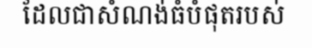
ដែលជាសំណង់ធំបំផុតរបស់